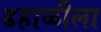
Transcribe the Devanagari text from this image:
डहाळीला